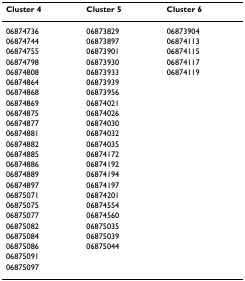
| Cluster 4 | Cluster 5 | Cluster 6 |
 | --- | --- | --- |
 | 06874736 | 06873829 | 06873904 |
 | 06874744 | 06873897 | 06874113 |
 | 06874755 | 06873901 | 06874115 |
 | 06874798 | 06873930 | 06874117 |
 | 06874808 | 06873933 | 06874119 |
 | 06874864 | 06873939 |  |
 | 06874868 | 06873956 |  |
 | 06874869 | 06874021 |  |
 | 06874875 | 06874026 |  |
 | 06874877 | 06874030 |  |
 | 06874881 | 06874032 |  |
 | 06874882 | 06874035 |  |
 | 06874885 | 06874172 |  |
 | 06874886 | 06874192 |  |
 | 06874889 | 06874194 |  |
 | 06874897 | 06874197 |  |
 | 06875071 | 06874201 |  |
 | 06875075 | 06874554 |  |
 | 06875077 | 06874560 |  |
 | 06875082 | 06875035 |  |
 | 06875084 | 06875039 |  |
 | 06875086 | 06875044 |  |
 | 06875091 |  |  |
 | 06875097 |  |  |